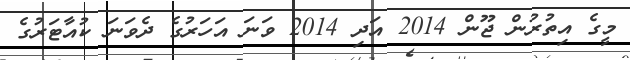
މީގެ އިތުރުން ޖޫން 2014 އަދި 2014 ވަނަ އަހަރުގެ ދެވަނަ ކުއާޓަރުގެ